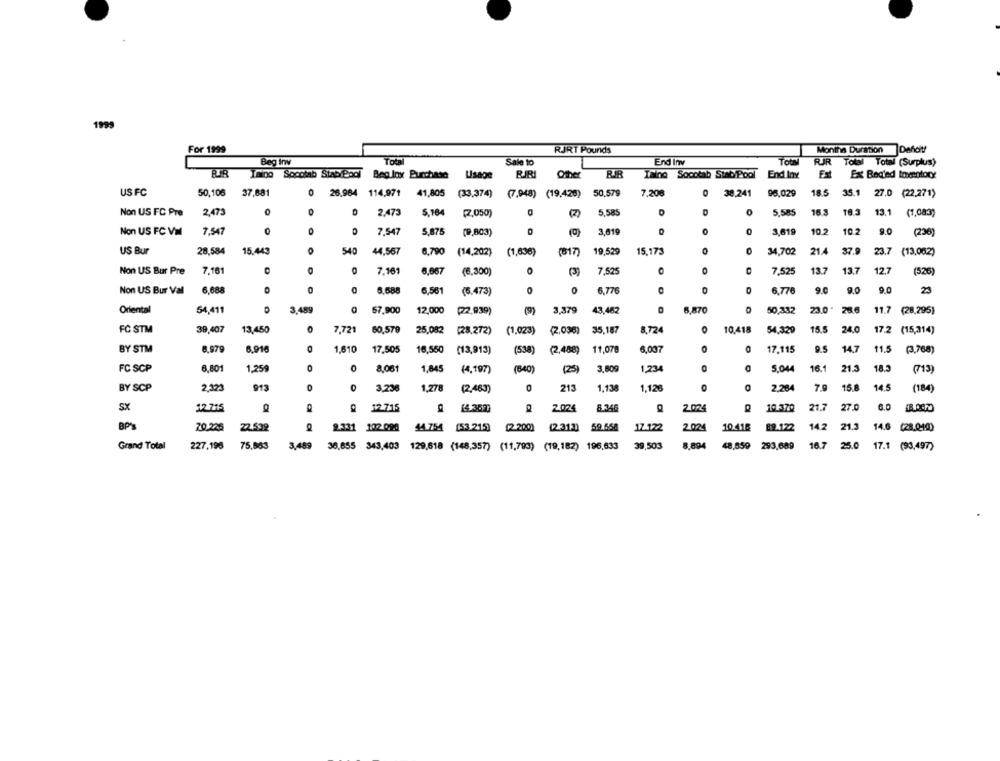
1995
For 1999
RJRT Pounds
Months Duration Defdi !!
End Inv
Total
Beg inv
Sale to
RIR Total Total (Surplus)
Iming Soootab Stablepol
Beg lox Purchase Usage
RIRI
Other
Ting Socotab Stab Pool
End Iny
Fat
Ext Beated Inventory
US FC
50,106 37,881
26.984 114,971
41,805 (33,374) (7.948) (19,426)
50,579
7,208
38,241
96.029
18.5 35.1 27.0 (22.271)
Non US FC Pre
2,473
2.473
5,164
(2,050)
5,585
0
5,585
16.3
18.3
13.1 (1,083)
Non US FC VM
7.547
O
7.547
5,875
(9,803)
3,619
0
3,619
10.2
10.2
9.0
(236)
US Bur
28.584
15.443
O
540
44,567
6.790
(14,202)
(1,638)
(81)
19,529
15,175
O
34,702
21.4 37.9
23.7 (13,062)
Non US Bur Pre
7,161
0
O
7,161
6,667
(6,300)
0
7,525
0
7,525
13.7
13.7
12,7
(526)
Non US Bur Val
6,688
0
6,688
6,561
0
0
6,776
O
6.776
9.0
9.0
9.0
23
(6.473)
Oriental
54,411
3.489
67,900
12,000
(22,939)
(9)
3,379
43,482
6,870
50,332
23.0 28.6
11.7 (28,295)
FC STM
39,407
13,450
O
7.721
60.579
25,082
(28.272)
(1,023)
(2.036)
35,187
8,724
0
10.418
54.329
15.5 24.0
17.2 (15,314)
BY STM
8,979
6.910
1,610
17,505
16,550
(13,913)
(538)
(2,488)
11,078
6,007
O
17.115
9.5
14.7
11.5
(3,768)
FC SCP
6,801
1.250
O
0
8,061
1,845
(4,197)
(840)
(25)
3,609
1,234
5.044
16.1
21.3
18.3
(713)
BY SCP
2.323
913
0
0
3,236
1,278
(2,483)
213
1,138
1,128
2.284
79
15.8
14.5
(184)
SX
12.715
12.715
(4.362)
2.024
8.346
2.024
10.370
21.7
27.0
6.0
BP
70.225
2.539
9.331 102.098
44.754
[53.215)
(2.312)
59.558
17.122
2.024
10.418
89.122
14.2
21.3
14.6 (28.0-40)
(2 200)
Grand Total
227,198
75,563
3.489
36,655 343,403 129,618 (148,357) (11,793) (19,182) 196,633
39,503
8,894
48,659 293,689
16.7
25.0
17.1 (93,497)